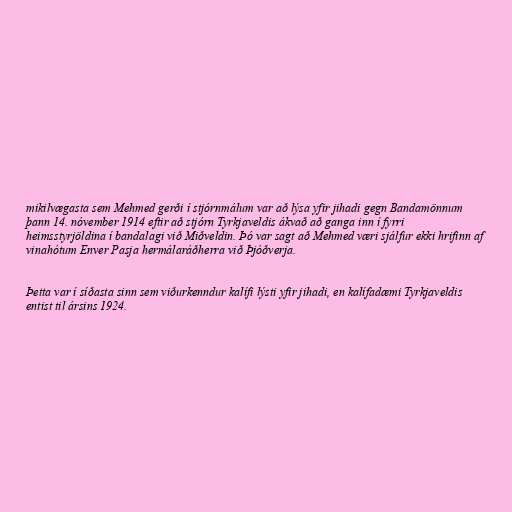
mikilvægasta sem Mehmed gerði í stjórnmálum var að lýsa yfir jihadi gegn Bandamönnum
þann 14. nóvember 1914 eftir að stjórn Tyrkjaveldis ákvað að ganga inn í fyrri
heimsstyrjöldina í bandalagi við Miðveldin. Þó var sagt að Mehmed væri sjálfur ekki hrifinn af
vinahótum Enver Pasja hermálaráðherra við Þjóðverja.

Þetta var í síðasta sinn sem viðurkenndur kalífi lýsti yfir jihadi, en kalífadæmi Tyrkjaveldis
entist til ársins 1924.